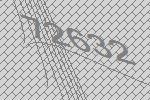
72632